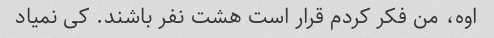
اوه، من فکر کردم قرار است هشت نفر باشند. کی نمیاد